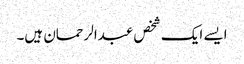
ایسے ایک شخص عبدالرحمان ہیں۔